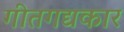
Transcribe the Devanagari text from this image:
गीतगद्यकार